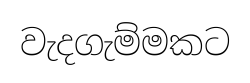
වැදගැම්මකට